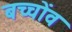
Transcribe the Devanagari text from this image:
बच्चोंव